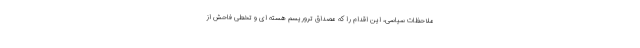
ملاحظات سیاسی، این اقدام را که مصداق تروریسم هسته ای و تخطی فاحش از